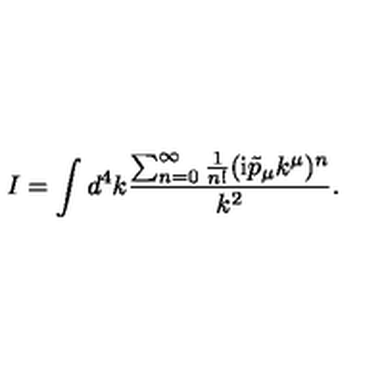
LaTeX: I = \int d ^ { 4 } k \frac { \sum _ { n = 0 } ^ { \infty } \frac { 1 } { n ! } ( \mathrm { i } \tilde { p } _ { \mu } k ^ { \mu } ) ^ { n } } { k ^ { 2 } } .